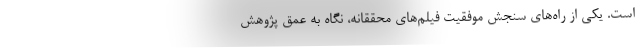
است. یکی از راه‌های سنجش موفقیت فیلم‌های محققانه، نگاه به عمق پژوهش